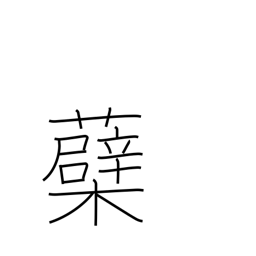
Meaning: sprout